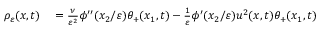
\begin{array} { r l } { \rho _ { \varepsilon } ( x , t ) } & { { } = \frac { \nu } { \varepsilon ^ { 2 } } \phi ^ { \prime \prime } ( x _ { 2 } / \varepsilon ) \theta _ { + } ( x _ { 1 } , t ) - \frac { 1 } { \varepsilon } \phi ^ { \prime } ( x _ { 2 } / \varepsilon ) u ^ { 2 } ( x , t ) \theta _ { + } ( x _ { 1 } , t ) } \end{array}